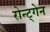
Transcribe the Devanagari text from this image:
रोन्ट्गेेन